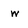
Character: w